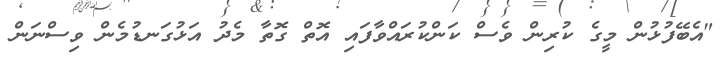
"އެބޭފުޅުން މީގެ ކުރިން ވެސް ކަންކުރައްވާފައި އޮތް ގޮތާ މެދު އަޅުގަނޑުމެން ވިސްނަން